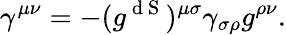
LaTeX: \gamma^{\mu\nu}=-(g^{\mathrm{~d~S~}})^{\mu\sigma}\gamma_{\sigma\rho}g^{\rho\nu}.